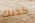
كذلك